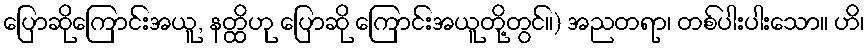
ပြောဆိုကြောင်းအယူ, နတ္ထိဟု ပြောဆို ကြောင်းအယူတို့တွင်။) အညတရာ၊ တစ်ပါးပါးသော။ ဟိ၊